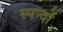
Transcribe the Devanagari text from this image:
स्पन्दों